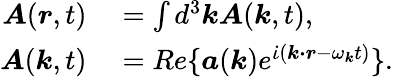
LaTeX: \begin{array}{rl}{\boldsymbol{A}(\boldsymbol{r},t)}&{{}=\int d^{3}\boldsymbol{k}\boldsymbol{A}(\boldsymbol{k},t),}\\ {\boldsymbol{A}(\boldsymbol{k},t)}&{{}=Re\{ \boldsymbol{a}(\boldsymbol{k})e^{\dot{\iota}(\boldsymbol{k\cdot r}-\omega_{\boldsymbol{k}}t)}\} .}\end{array}